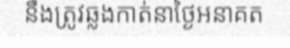
នឹងត្រូវឆ្លងកាត់នាថ្ងៃអនាគត